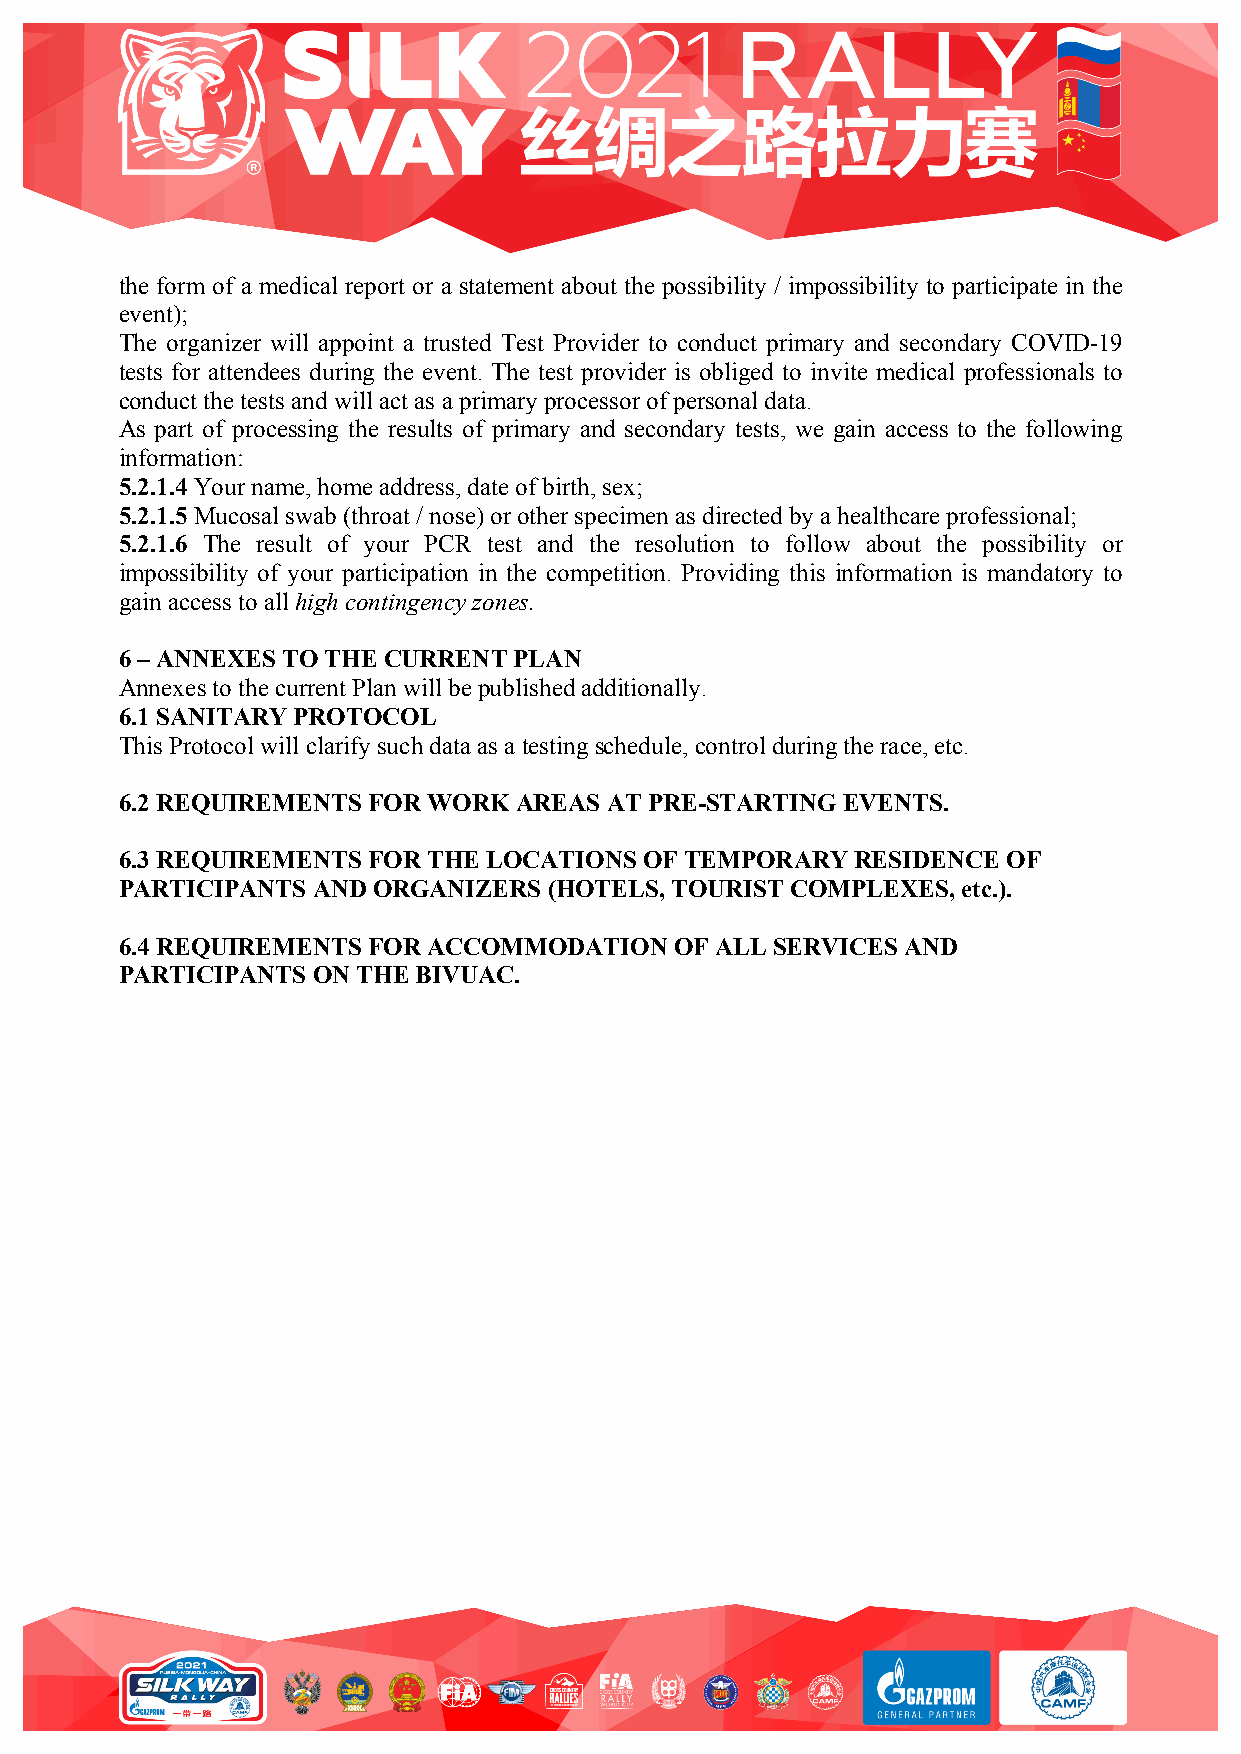
the form of a medical report or a statement about the possibility / impossibility to participate in the
 event);
 The organizer will appoint a trusted Test Provider to conduct primary and secondary COVID-19
 tests for attendees during the event. The test provider is obliged to invite medical professionals to
 conduct the tests and will act as a primary processor of personal data.
 As part of processing the results of primary and secondary tests, we gain access to the following
 information:
 5.2.1.4 Your name, home address, date of birth, sex;
 5.2.1.5 Mucosal swab (throat / nose) or other specimen as directed by a healthcare professional;
 5.2.1.6 The result of your PCR test and the resolution to follow about the possibility or
 impossibility of your participation in the competition. Providing this information is mandatory to
 gain access to all high contingency zones.
 6 – ANNEXES TO THE CURRENT PLAN
 Annexes to the current Plan will be published additionally.
 6.1 SANITARY PROTOCOL
 This Protocol will clarify such data as a testing schedule, control during the race, etc.
 6.2 REQUIREMENTS FOR WORK AREAS AT PRE-STARTING EVENTS.
 6.3 REQUIREMENTS FOR THE LOCATIONS OF TEMPORARY  RESIDENCE OF
 PARTICIPANTS AND ORGANIZERS (HOTELS, TOURIST COMPLEXES, etc.).
 6.4 REQUIREMENTS FOR ACCOMMODATION   OF ALL SERVICES AND
 PARTICIPANTS ON THE BIVUAC.